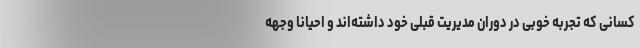
کسانی که تجربه خوبی در دوران مدیریت قبلی خود داشته‌اند و احیانا وجهه